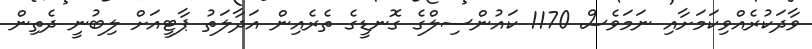
ވާދަކުރެއްވިކަމަށާއި ނަމަވެސް 1170 ކައުންސިލްގެ ގޮނޑީގެ ތެރެއިން އަދާލަތު ޕާޓީއަށް ލިބުނީ ދެތިން